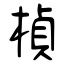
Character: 楨